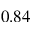
0 . 8 4